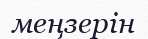
меңзерін